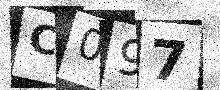
Text: C097